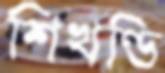
শিখণ্ডি